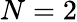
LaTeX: N=2